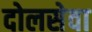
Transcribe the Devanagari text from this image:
दोलसेवा